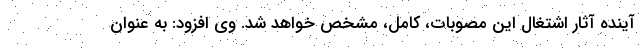
آینده آثار اشتغال این مصوبات، کامل، مشخص خواهد شد. وی افزود: به عنوان